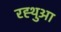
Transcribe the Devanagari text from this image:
रह्थुआ